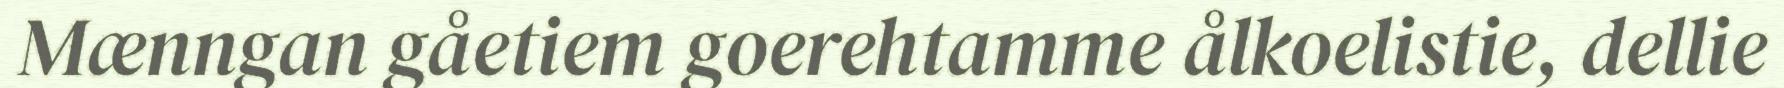
Mænngan gåetiem goerehtamme ålkoelistie, dellie